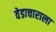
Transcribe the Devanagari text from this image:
वेडाचाराला